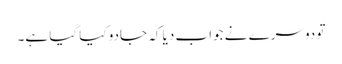
تو دوسرے نے جواب دیا کہ جادو کیا گیا ہے۔